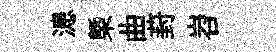
漶㮣曲葑岧